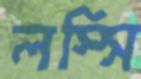
লস্সি